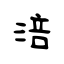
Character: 涪